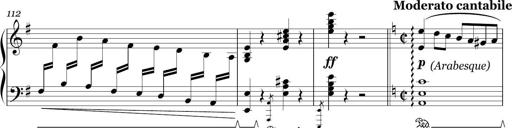
Title: Sonatina in E minor
Composer: Shuwen Zhang
Key: E minor